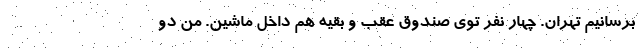
برسانیم تهران. چهار نفر توی صندوق عقب و بقیه هم داخل ماشین. من دو